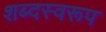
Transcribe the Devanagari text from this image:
शब्दस्वरूप